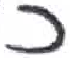
אות: כ